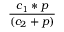
\frac { c _ { 1 } * p } { ( c _ { 2 } + p ) }